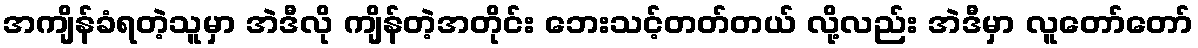
အကျိန်ခံရတဲ့သူမှာ အဲဒီလို ကျိန်တဲ့အတိုင်း ဘေးသင့်တတ်တယ် လို့လည်း အဲဒီမှာ လူတော်တော်